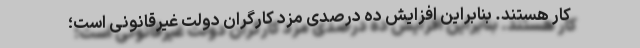
کار هستند. بنابراین افزایش ده درصدی مزد کارگران دولت غیرقانونی است؛